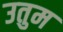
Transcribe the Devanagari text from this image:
उतुम